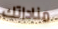
مناداتك